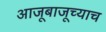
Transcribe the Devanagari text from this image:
आजूबाजूच्याच